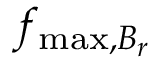
f _ { \mathrm { m a x } , B _ { r } }